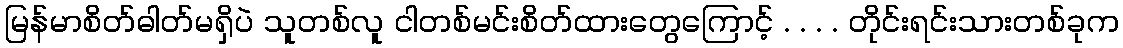
မြန်မာစိတ်ဓါတ်မရှိပဲ သူတစ်လူ ငါတစ်မင်းစိတ်ထားတွေကြောင့် . . . . တိုင်းရင်းသားတစ်ခုက